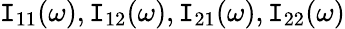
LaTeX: \mathtt{I}_{11}(\omega),\mathtt{I}_{12}(\omega),\mathtt{I}_{21}(\omega),\mathtt{I}_{22}(\omega)